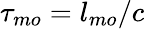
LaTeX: \tau_{mo}=l_{mo}/c